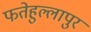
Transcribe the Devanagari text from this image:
फतेहुल्लापुर